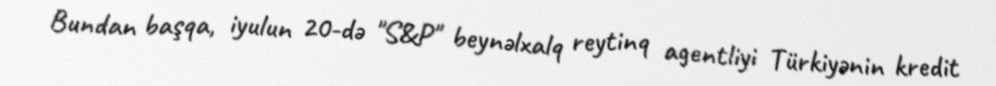
Bundan başqa, iyulun 20-də "S&P" beynəlxalq reytinq agentliyi Türkiyənin kredit